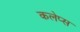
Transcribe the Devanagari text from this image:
कलेप्स